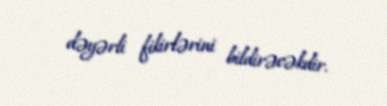
dəyərli fikirlərini bildirəcəkdir.